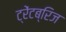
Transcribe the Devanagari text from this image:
ट्रेंटब्रिज